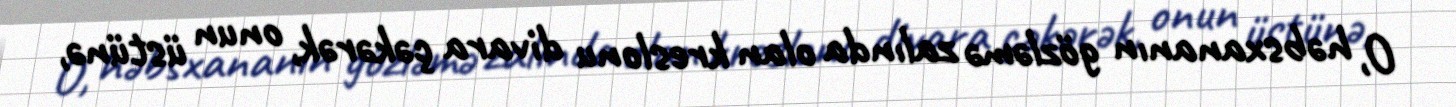
O, həbsxananın gözləmə zalında olan kreslonu divara çəkərək, onun üstünə,